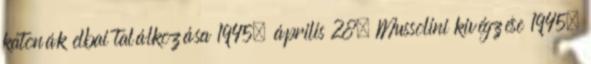
katonák elbai találkozása 1945. április 28. Mussolini kivégzése 1945.